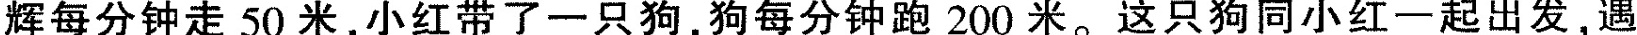
辉每分钟走50米，小红带了一只狗，狗每分钟跑200米。这只狗同小红一起出发，遇